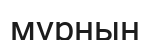
мұрнын